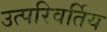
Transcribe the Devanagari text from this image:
उत्परिवर्तिय